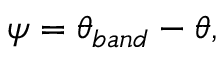
\begin{array} { r l r } { \mathrm { ~ } } & { { } } & { \psi = \theta _ { b a n d } - \theta , } \end{array}